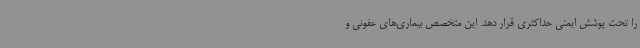
را تحت پوشش ایمنی حداکثری قرار دهد. این متخصص بیماری‌های عفونی و